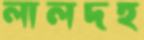
লালদহ